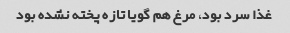
غذا سرد بود، مرغ هم گویا تازه پخته نشده بود